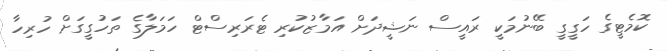
ކޮމެޓީގެ ހަގީގީ ބޭނުމަކީ ރައީސް ނަޝީދަށް އަމާޒުކުރި ޓެރަރިސްޓް ހަމަލާގެ ތަހުގީގަށް ހުރިހާ